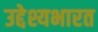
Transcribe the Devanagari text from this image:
उद्देश्यभारत